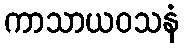
ကာသာယဝသနံ